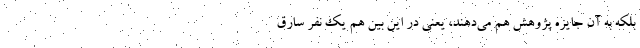
بلکه به آن جایزه پژوهش هم می‌دهند، یعنی در این بین هم یک نفر سارق